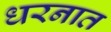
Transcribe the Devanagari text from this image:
धरनात